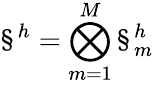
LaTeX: \S^{h}=\bigotimes_{m=1}^{M}\S_{m}^{h}